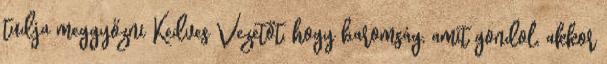
tudja meggyőzni Kedves Vezetőt, hogy baromság, amit gondol, akkor